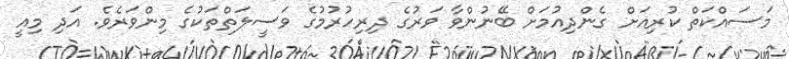
މަސައްކަތް ކުރިއަށް ގެންދިއުމަށް ބޭނުންވާ ވަރުގެ ދިރިހުރުމުގެ ވަސީލަތްތަކުގެ މިންވަރެވެ. އަދި މިއީ